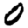
Digit: 0